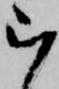
ら